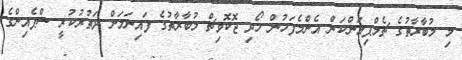
މި މުބާރާތުގެ ޗެމްޕިއަންކަން އެންމެފަހުން ހޯދި ޖޮކޮވިޗް މުބާރާތުގެ ފައިނަލަށް ދަތުރުކުރީ ސްޕެއިންގެ